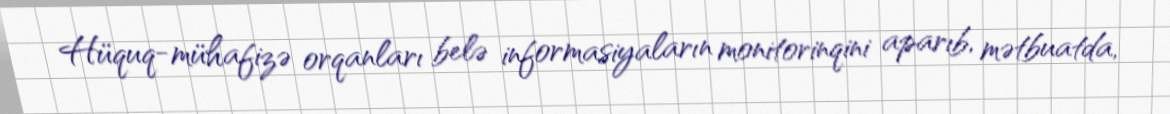
Hüquq-mühafizə orqanları belə informasiyaların monitorinqini aparıb, mətbuatda,